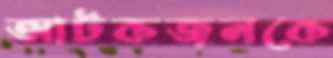
আটকজনকে